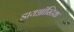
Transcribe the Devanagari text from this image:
डायग्नॉस्टिक